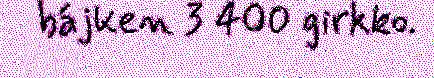
bájken 3 400 girkko.